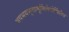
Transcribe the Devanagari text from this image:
भवभयभृतामूर्मिलेवोर्मिलैव